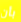
بأن